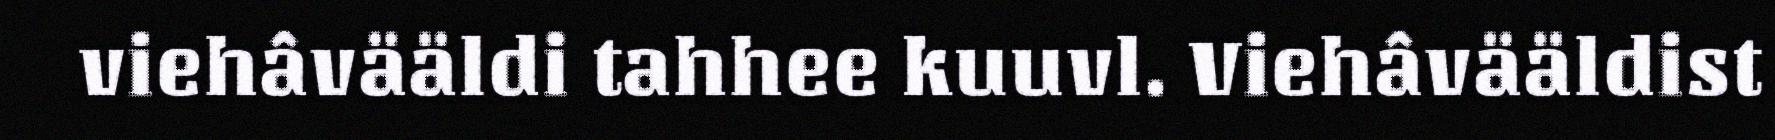
viehâvääldi tahhee kuuvl. Viehâvääldist